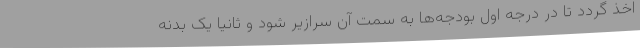
اخذ گردد تا در درجه اول بودجه‌ها به سمت آن سرازیر شود و ثانیا یک بدنه